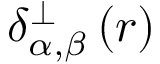
\delta _ { \alpha , \beta } ^ { \perp } \left( \boldsymbol r \right)